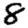
Digit: 8